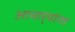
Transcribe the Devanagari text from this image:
आचार्‍यांना